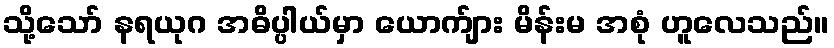
သို့သော် နရယုဂ အဓိပ္ပါယ်မှာ ယောက်ျား မိန်းမ အစုံ ဟူလေသည်။